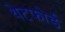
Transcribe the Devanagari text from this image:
थेटफोर्ड